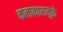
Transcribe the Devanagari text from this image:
कलाकारामुळे